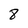
Character: 8